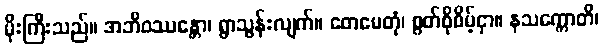
မိုးကြီးသည်။ အဘိဝဿန္တော၊ ရွာသွန်းလျက်။ တေမေတုံ၊ စွတ်စိုစိမ့်ငှာ။ နသက္ကောတိ၊